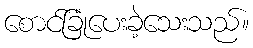
စောင်ခြုံပေးခဲ့သေးသည်။